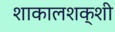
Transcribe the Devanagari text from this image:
शाकालशक्शी